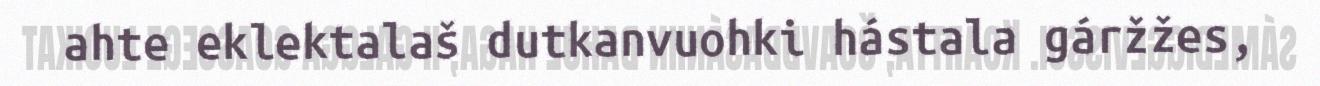
ahte eklektalaš dutkanvuohki hástala gáržžes,